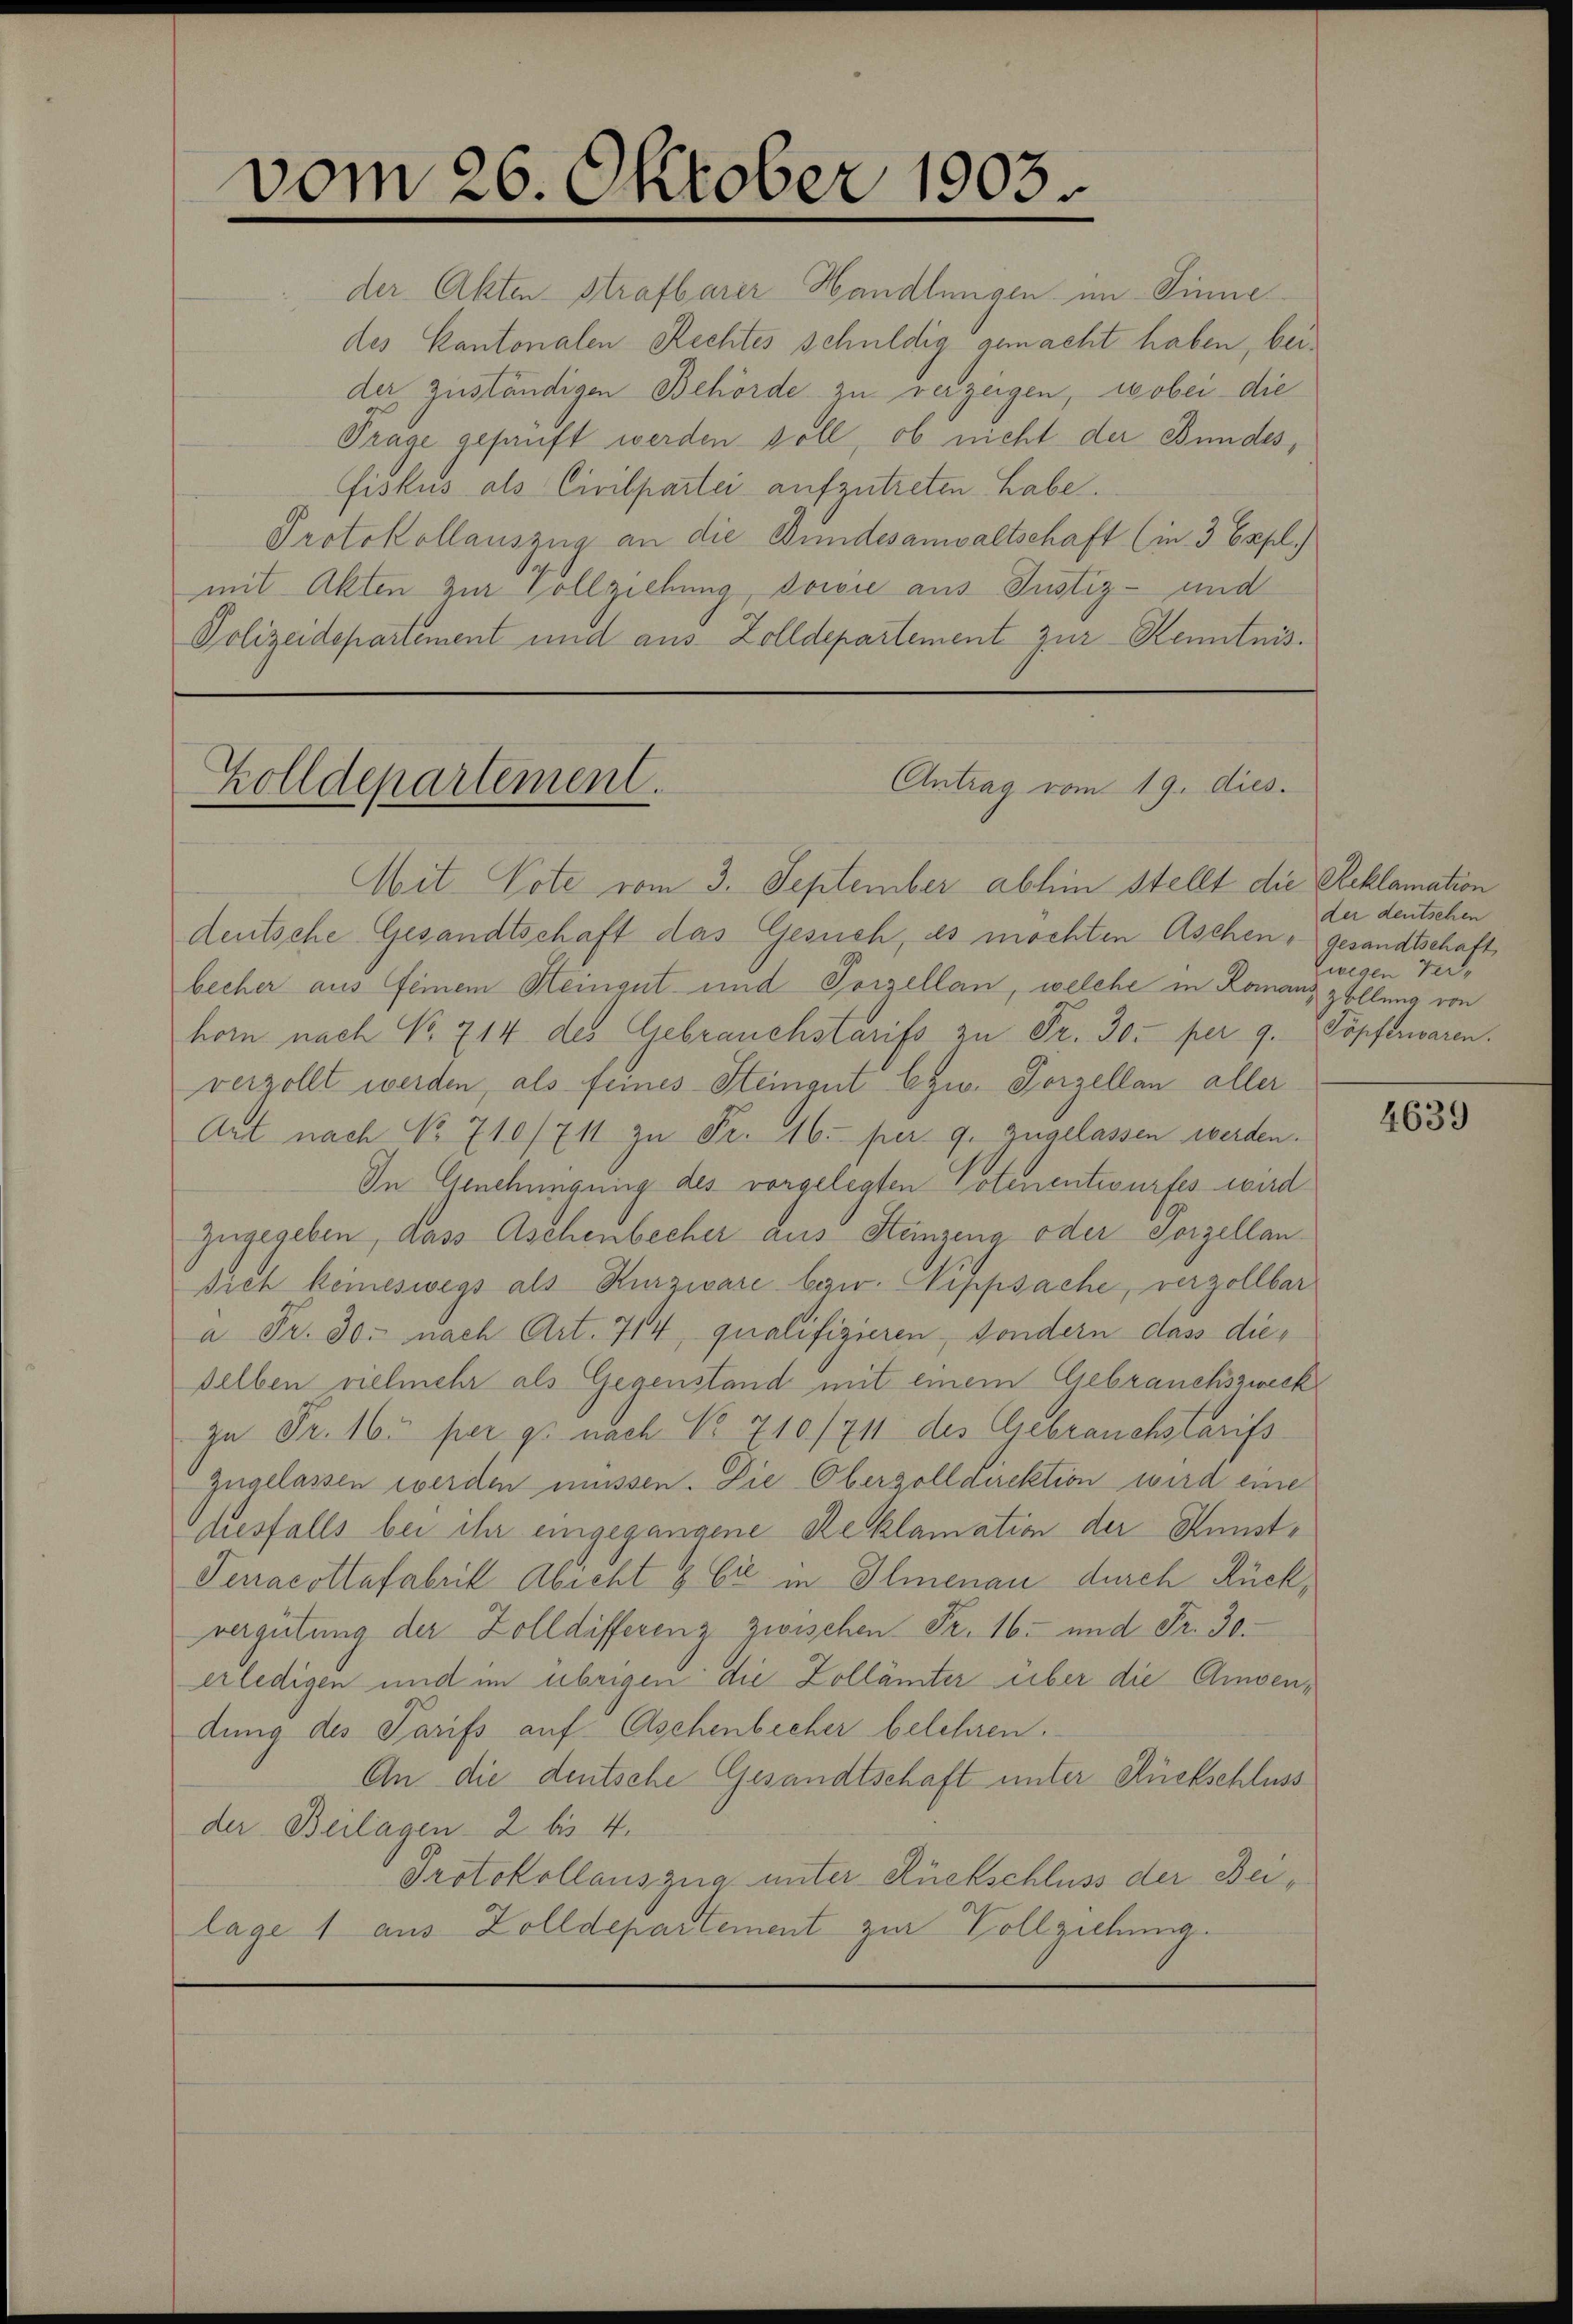
vom 26. Oktober 1903

der Akten Strafbarer Handlungen im Sinne
des Kantonalen Rechtes schuldig gemacht haben, bei
der zuständigen Behörde zu verzeigen, wobei die
Trage geprüft werden soll, ob nicht der Bundes¬
Fiskus als Civilpartei aufzutreten habe.
Protokollauszug an die Bundesanwaltschaft (in 3 Espl.)
mit Akten zur Vollziehung sowie aus Justiz- und
Polizeidepartement und aus Zolldepartement zur Kenntnis¬

Zolldepartement.

Mit Vote vom 3. September abhin stellt die Reklamation
deutsche Gesandtschaft das Gesuch, es möchten Aschen - gesandtschaft
becher aus feinem Heingut und Porzellan, welche in Konanzzollung von
horn nach No. 714 des Gebrauchstarifs zu Fr. 30. per 9. Topferwaren.
verzollt werden, als feines Steingut bzw. Porzellan aller
Art nach No 710/711 zu Fr. 16. per 9. zugelassen werden.
In Genehmigung des vorgelegten Potenentwurfes wird
zugegeben, dass Aschenbecher aus Steinzeng oder Porzellansich keineswegs als Kurzivare bew. Nippsache, verzollbar
a. Fr. 30. nach Art. 714, qualifizieren, sondern dass dieselben vielmehr als Gegenstand mit einem Gebrauchszweck
zu Fr. 16. per gs nach No 710/711 des Gebrauchstariss
zugelassen werden müssen. Die Oberzolldirektion wird eine
desfalls bei ihr eingegangene Reklamation der Kunst¬
Fenacottafabrik Abicht & Cie in Ilmenau durch Rückvergütung der Zolldifferenz zwischen Fr. 16. und Fr. 30.
erledigen und im übrigen die Zollämter über die Amsendung des Parifs auf Aschenbicher belehren.
An die deutsche Gesandtschaft unter Rückschluss
der Beilagen 2 bis 4.
Protokollauszug unter Rückschluss der Beilage 1 aus Zolldepartement zur Vollziehung.

Antrag vom 19. dies

der deutschen
zwegen Ver¬

4639